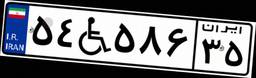
۵۴W۵۸۶۳۵